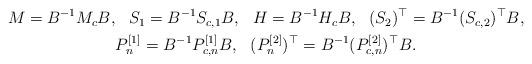
LaTeX: \begin{gather*}\begin{aligned}M&=B^{-1}M_cB, & S_1&=B^{-1} S_{c,1}B, & H&=B^{-1} H_{c}B, & (S_2)^\top&=B^{-1} (S_{c,2})^\top B,\end{aligned} \\\begin{aligned}P^{[1]}_n &=B^{-1}P^{[1]}_{c,n}B, &(P^{[2]}_n) ^\top&=B^{-1}(P^{[2]}_{c,n})^\top B.\end{aligned}\end{gather*}